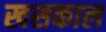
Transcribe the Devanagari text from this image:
खसकाल